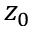
z _ { 0 }